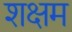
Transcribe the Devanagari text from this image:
शक्षम